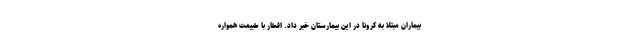
بیماران مبتلا به کرونا در این بیمارستان خبر داد. افطار با طبیعت همواره